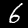
Digit: 6